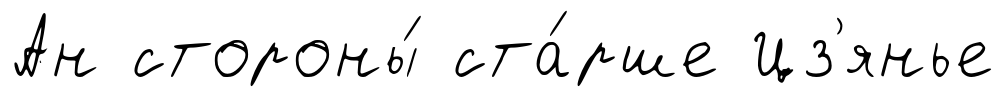
Ан стороны́ ста́рше Цз'янье